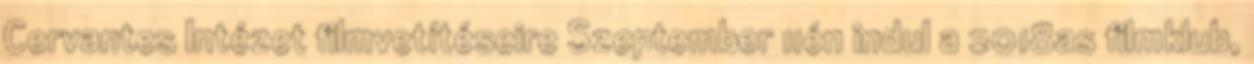
Cervantes Intézet filmvetítéseire Szeptember 11én indul a 2018as filmklub,